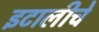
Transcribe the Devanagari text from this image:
इटालीचे